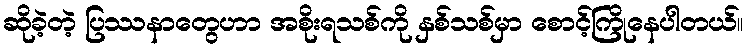
ဆိုခဲ့တဲ့ ပြဿနာတွေဟာ အစိုးရသစ်ကို နှစ်သစ်မှာ စောင့်ကြိုနေပါတယ်။